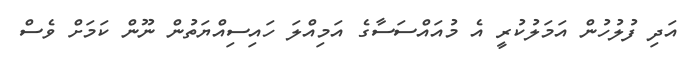
އަދި ފުލުހުން އަމަލުކުރީ އެ މުއައްސަސާގެ އަމިއްލަ ހައިސިއްޔަތުން ނޫން ކަމަށް ވެސް